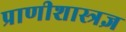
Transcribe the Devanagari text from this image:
प्राणीशास्त्रज्ञ